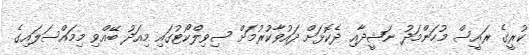
ކުރީގެ ރައީސް މުހަންމަދު ނަޝީދާއި ދެކޮޅަށް ދައުވާކުރުމަށް ސިވިލްކޯޓުގައި މިއަދު ބޭއްވި މިމައްސަލައިގެ